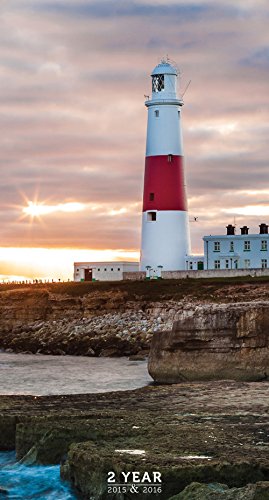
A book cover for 2015-2016 2 Year Lighthouses Pocket Calendar; TF PUBLISHING; Calendars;